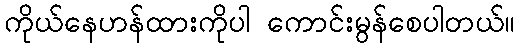
ကိုယ်နေဟန်ထားကိုပါ ကောင်းမွန်စေပါတယ်။